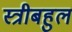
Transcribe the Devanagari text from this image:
स्त्रीबहुल